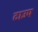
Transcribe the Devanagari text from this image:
टाउप